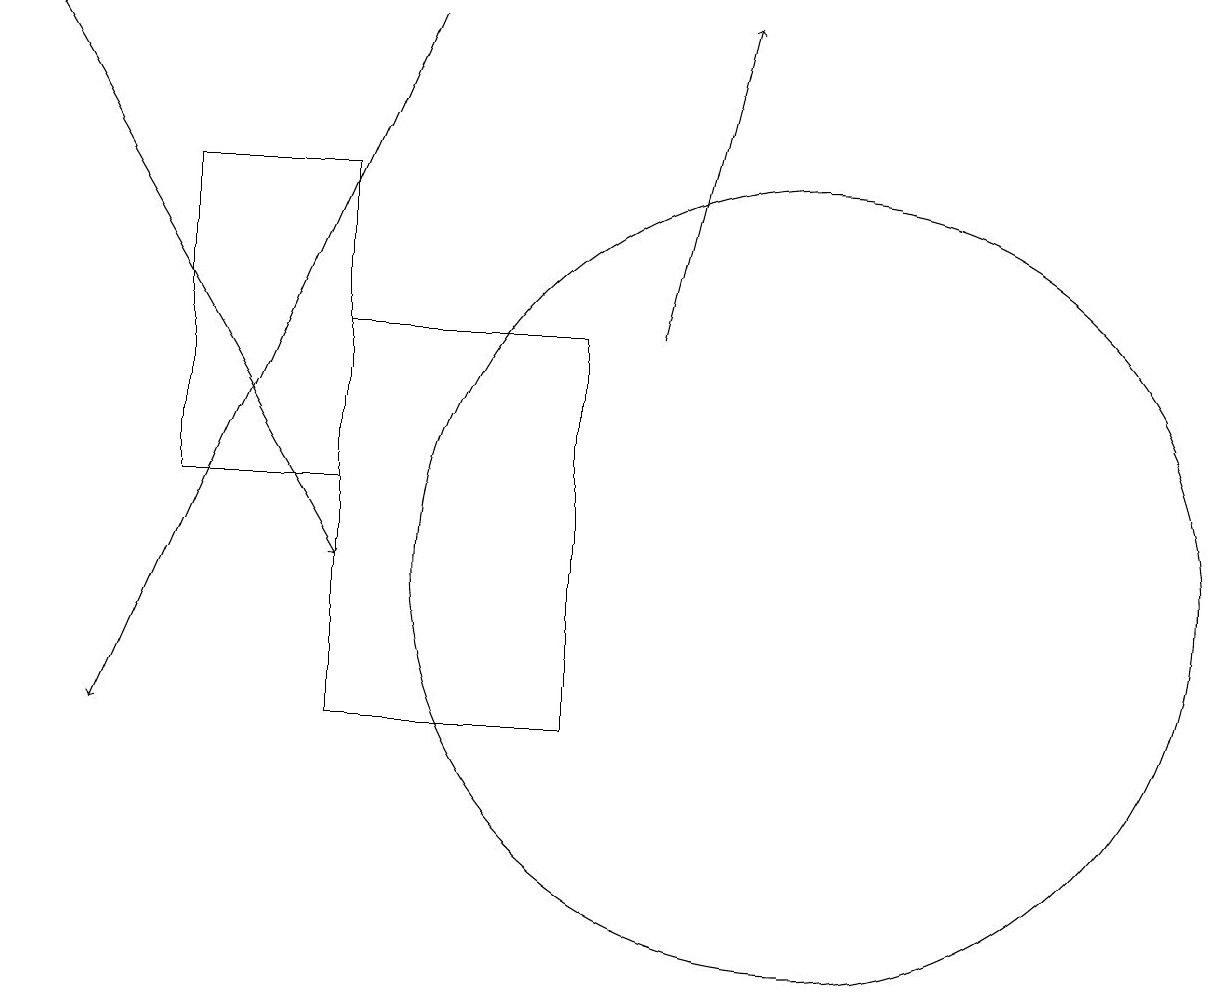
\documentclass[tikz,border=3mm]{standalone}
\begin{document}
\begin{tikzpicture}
\draw[->] (0,19) -- (4,12);
\draw[->] (8,15) -- (9,19);
\draw (10,12) circle (5);
\draw (4,10) rectangle (7,15);
\draw (2,17) rectangle (4,13);
\draw[->] (5,19) -- (1,10);
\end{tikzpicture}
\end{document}